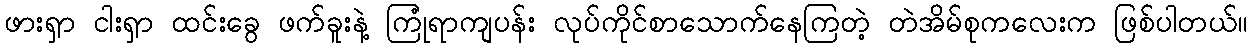
ဖားရှာ ငါးရှာ ထင်းခွေ ဖက်ခူးနဲ့ ကြုံရာကျပန်း လုပ်ကိုင်စာသောက်နေကြတဲ့ တဲအိမ်စုကလေးက ဖြစ်ပါတယ်။